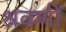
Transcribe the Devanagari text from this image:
श्रवणीं